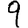
Digit: 9